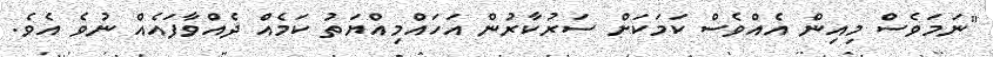
"ނަމަވެސް މިއިން އެއްވެސް ކަމަކަށް ސަރުކާރުން އަހައްމިއްޔަތު ކަމެއް ދެއްވާފައެއް ނުވެ އެވެ.